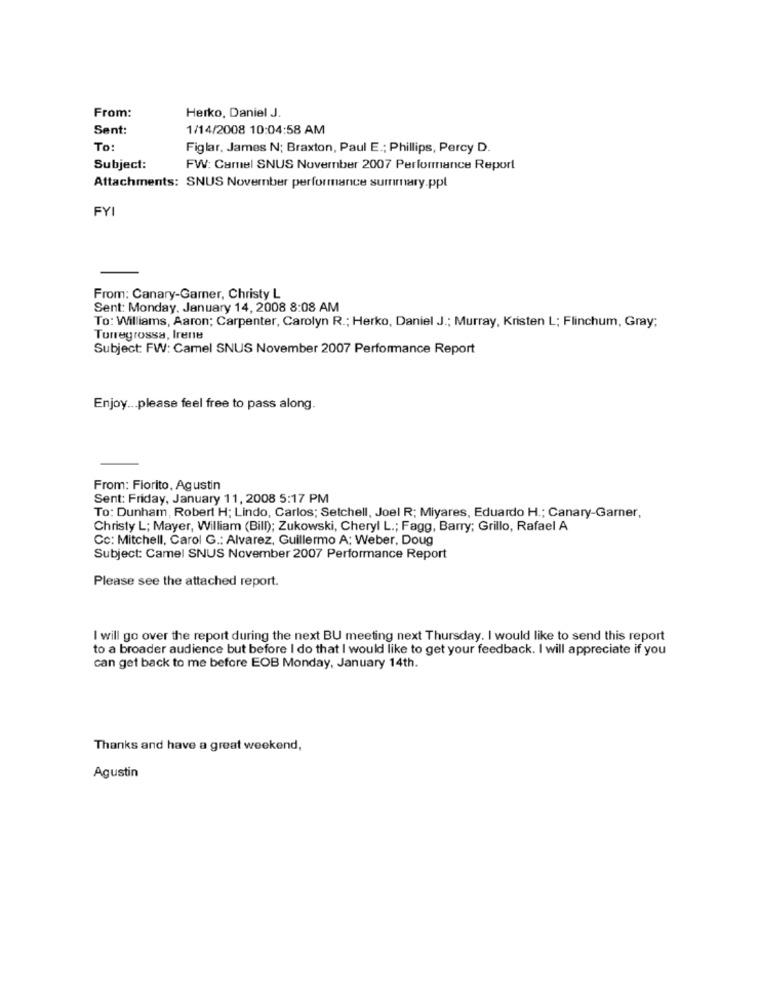
From:
Herko, Daniel J.
Sent:
1/14/2008 10:04:58 AM
To:
Figlar, James N; Braxton, Paul E .; Phillips, Percy D.
Subject:
FW: Camel SNUS November 2007 Performance Report
Attachments: SNUS November performance summary.ppl
FYI
From: Canary-Gamer, Christy L
Sent: Monday, January 14, 2008 8:08 AM
To: Williams, Aaron; Carpenter, Carolyn R .; Herko, Daniel J .; Murray, Kristen L; Flinchum, Gray;
Torregrossa, Irene
Subject: FW: Camel SNUS November 2007 Performance Report
Enjoy ... please feel free to pass along.
From: Fiorito, Agustin
Sent: Friday, January 11, 2008 5:17 PM
To: Dunham, Robert H; Lindo, Carlos; Setchell, Joel R; Miyares, Eduardo H .; Canary-Garner,
Christy L; Mayer, William (Bill); Zukowski, Cheryl L .; Fagg, Barry; Grillo, Rafael A
Cc: Mitchell, Carol G .: Alvarez, Guillermo A; Weber, Doug
Subject: Camel SNUS November 2007 Performance Report
Please see the attached report.
I will go over the report during the next BU meeting next Thursday. I would like to send this report
to a broader audience but before I do that I would like to get your feedback. I will appreciate if you
can get back to me before EOB Monday, January 14th.
Thanks and have a great weekend,
Agustin